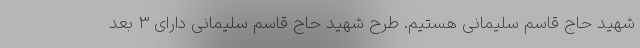
شهید حاج قاسم سلیمانی هستیم. طرح شهید حاج قاسم سلیمانی دارای ۳ بعد